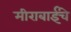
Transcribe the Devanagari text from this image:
मीराबाईंचे